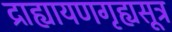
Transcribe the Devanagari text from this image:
द्राह्यायणगृह्यसूत्र